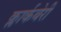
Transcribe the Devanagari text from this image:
क्लार्कबेरी